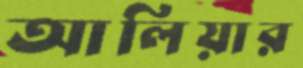
আলিয়ার